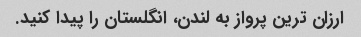
ارزان ترین پرواز به لندن، انگلستان را پیدا کنید.